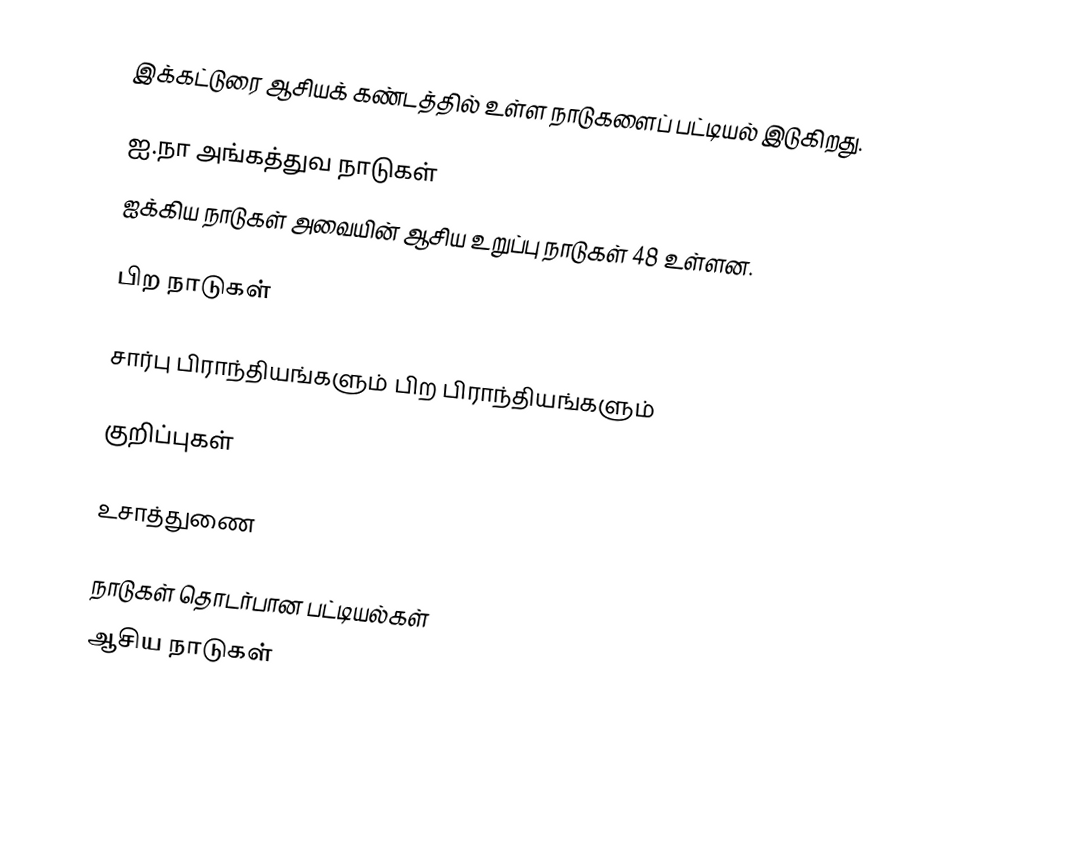
இக்கட்டுரை ஆசியக் கண்டத்தில் உள்ள நாடுகளைப் பட்டியல் இடுகிறது.

ஐ.நா அங்கத்துவ நாடுகள்
ஐக்கிய நாடுகள் அவையின் ஆசிய உறுப்பு நாடுகள் 48 உள்ளன.

பிற நாடுகள்

சார்பு பிராந்தியங்களும் பிற பிராந்தியங்களும்

குறிப்புகள்

உசாத்துணை

நாடுகள் தொடர்பான பட்டியல்கள்
ஆசிய நாடுகள்